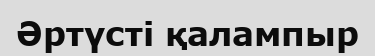
Әртүсті қалампыр